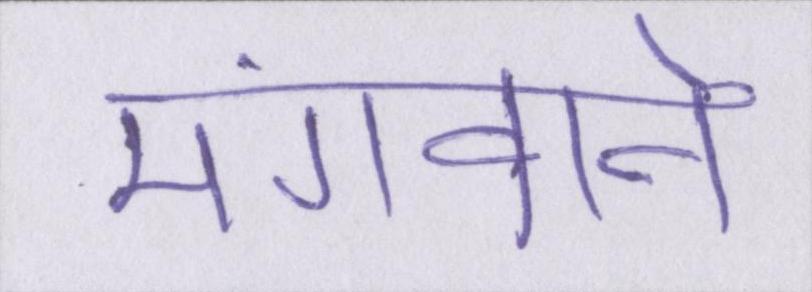
मंगवाने